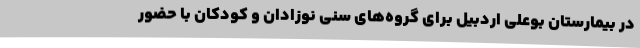
در بیمارستان بوعلی اردبیل برای گروه‌های سنی نوزادان و کودکان با حضور